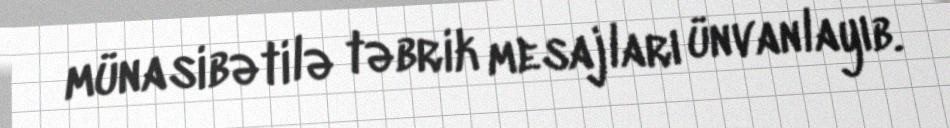
münasibətilə təbrik mesajları ünvanlayıb.